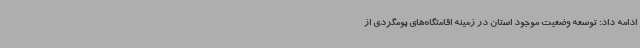
ادامه داد: توسعه وضعیت موجود استان در زمینه اقامتگاه‌های بومگردی از